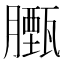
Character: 𮍃